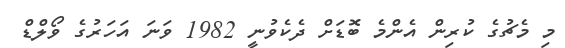
މި މެޗުގެ ކުރިން އެންމެ ބޮޑަށް ދެކެވުނީ 1982 ވަނަ އަހަރުގެ ވޯލްޑް